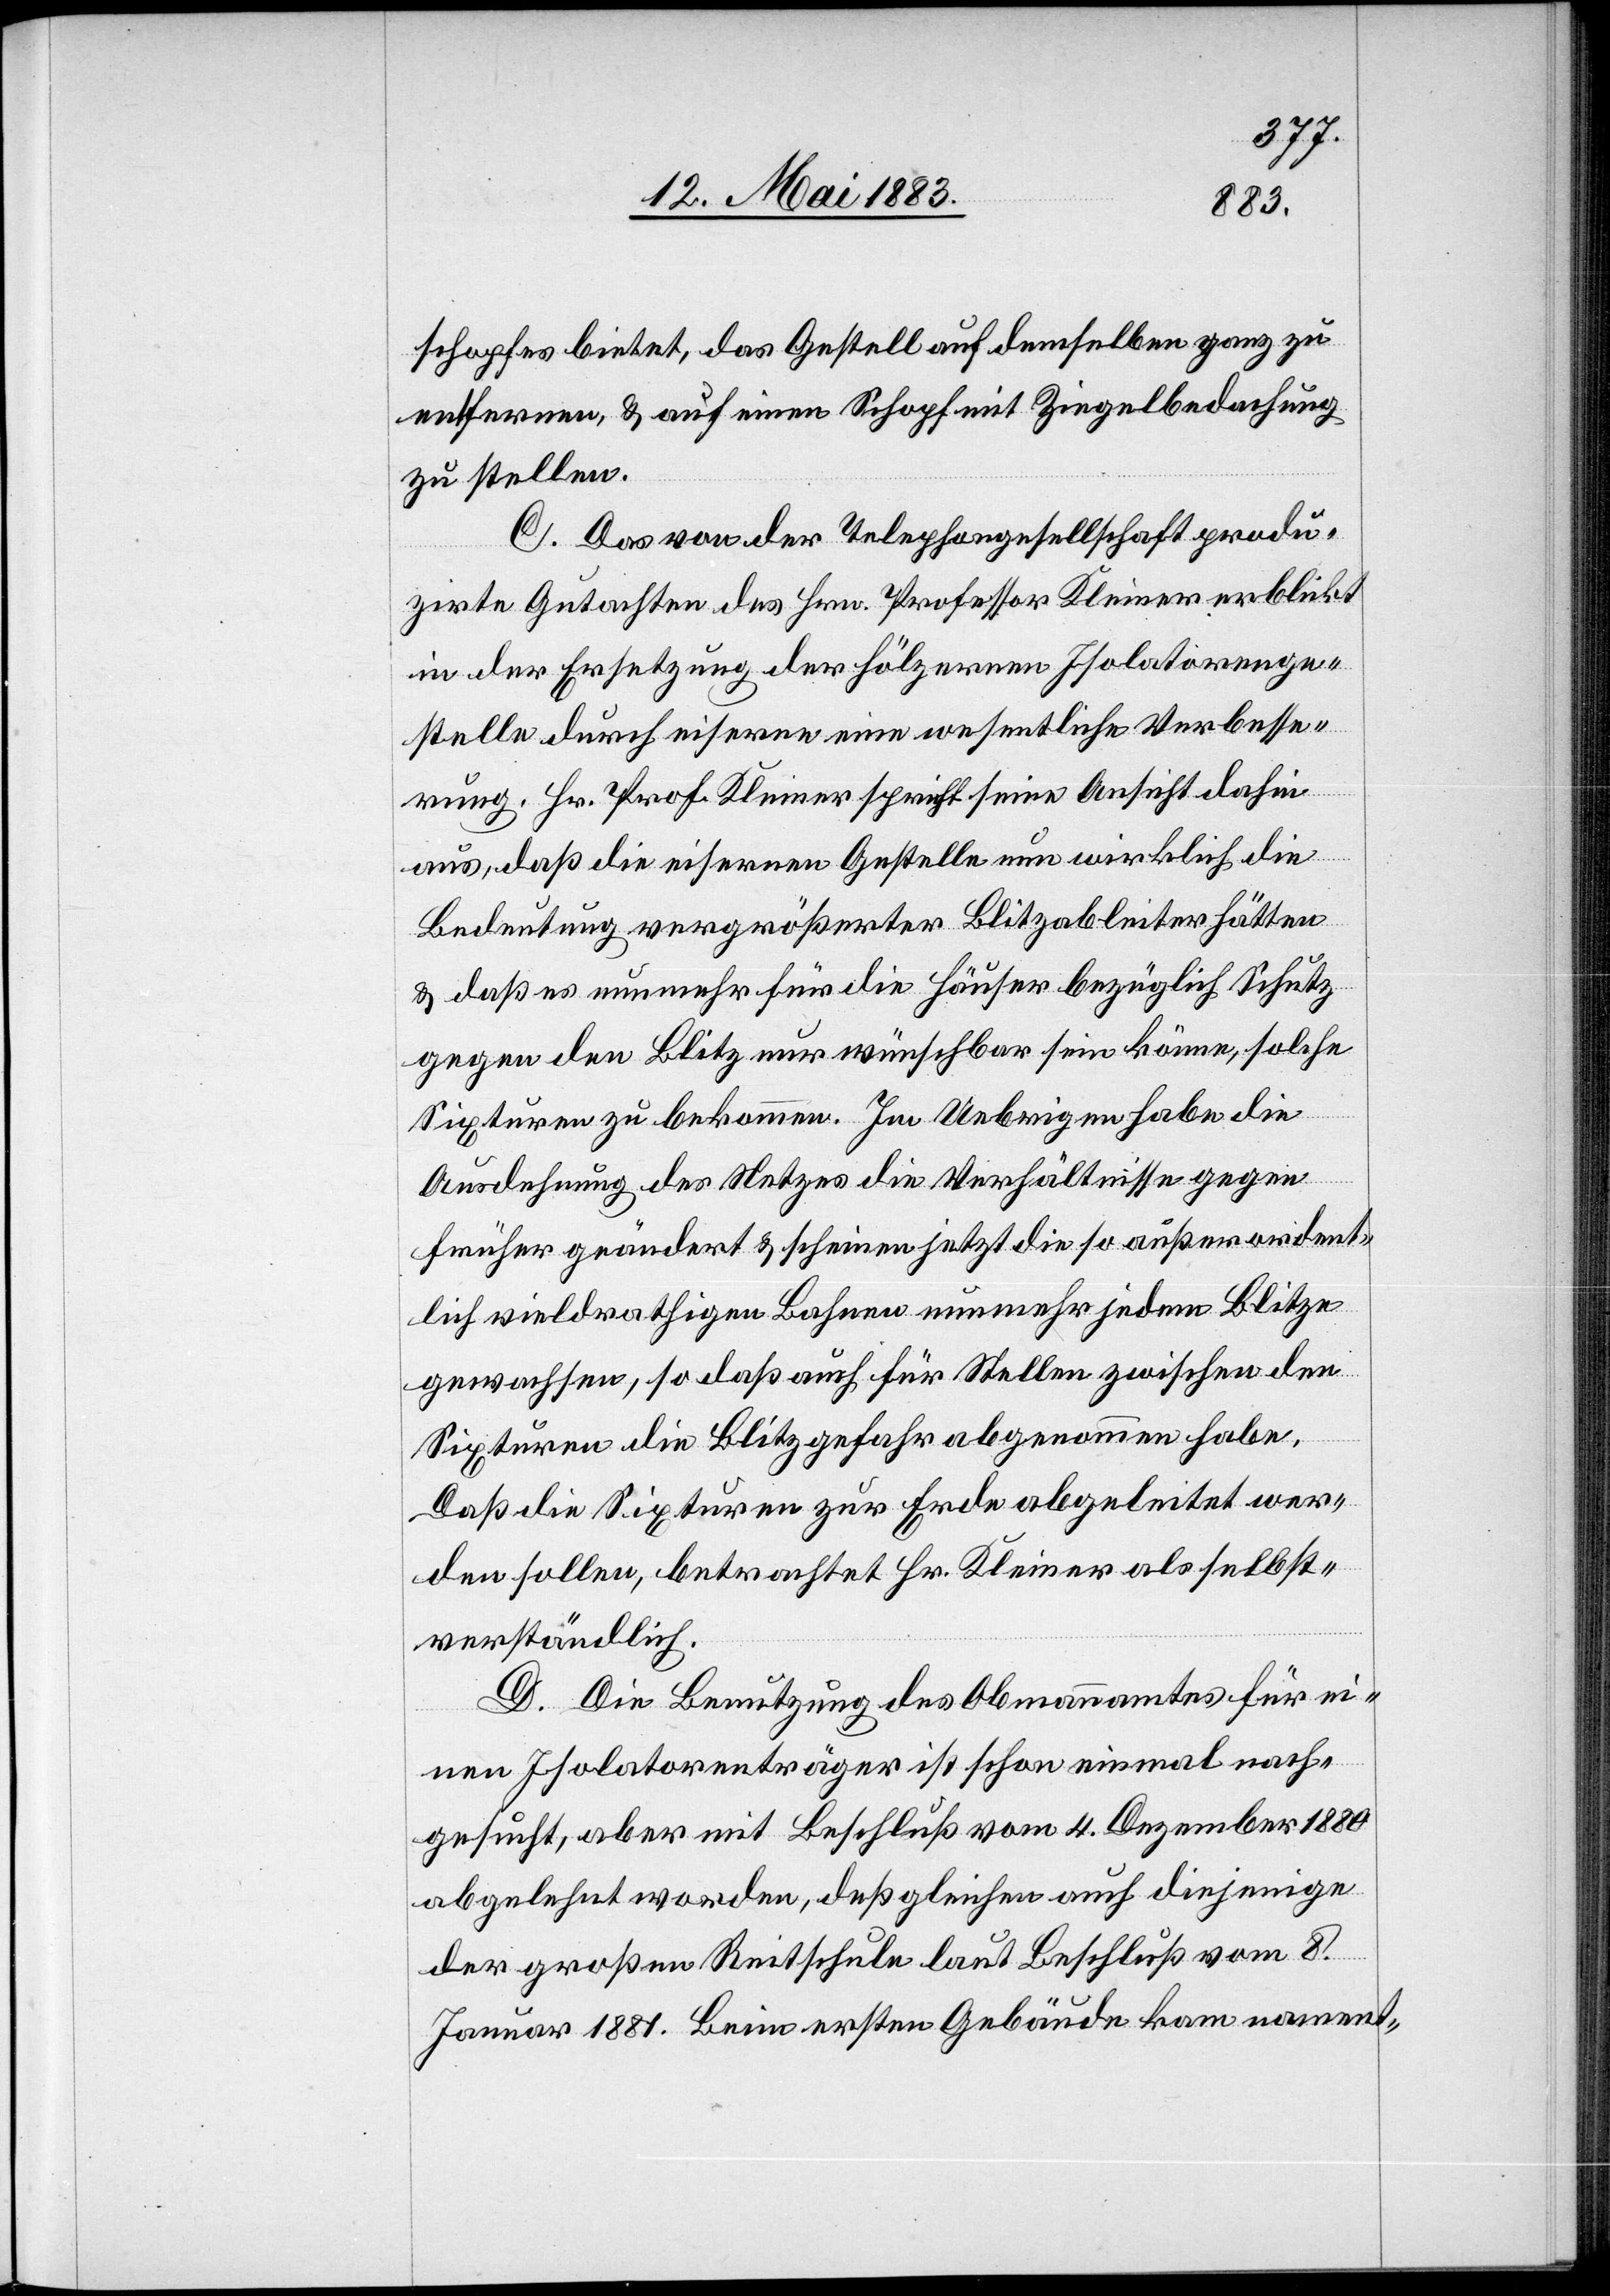
schopfes bietet, das Gestell auf demselben ganz zu
entfernen, & auf einen Schopf mit Ziegelbedachung
zu stellen.
C. Das von der Telephongesellschaft produ¬
zirte Gutachten des Hrn. Professor Kleiner erblickt
in der Ersetzung der hölzernen Isolatorenge¬
stelle durch eiserne eine wesentliche Verbesse¬
die
rung. Hr. Prof. Kleiner spricht seine Ansicht dahin
aus, daß die eisernen Gestelle nun wirklich für
Bedeutung vergrößerten Blitzableiter hätten
& daß es nunmehr für die Häuser bezüglich Schutz
gegen den Blitz nur wünschbar sein könne, solche
Sixturen zu bekommen. Im Uebrigen habe die
Ausdehnung des Netzes die Verhältnisse gegen
früher geändert & scheinen jetzt die so außerordent¬
lich vieldrahtigen Bahnen nunmehr jedem Blitze
gewachsen, so daß auch für Stellen zwischen den
Sixturen die Blitzgefahr abgenommen habe.
Daß die Sixturen zur Erde abgeleitet wer¬
den sollen, betrachtet Hr. Kleiner als selbst¬
verständlich.
D. Die Benutzung des Obmannamtes für ei¬
nen Isolatorenträger ist schon einmal nach¬
gesucht, aber mit Beschluß vom 4. Dezember 1880
abgelehnt worden, deßgleichen auch diejenige
der großen Reitschule laut Beschluß vom 8.
Januar 1881. Beim ersten Gebäude kann nament-